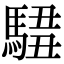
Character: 𩣿